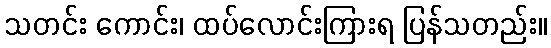
သတင်း ကောင်း၊ ထပ်လောင်းကြားရ ပြန်သတည်း။